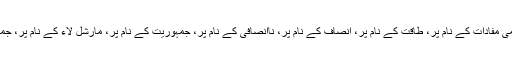
مَیں نے بزرگوں سے سُنا ہے کہ ہمارے مُلک میں انتخابات کے نام پر،قومی مفادات کے نام پر، طاقت کے نام پر، انصاف کے نام پر، ناانصافی کے نام پر، جمہوریت کے نام پر، مارشل لاء کے نام پر، جمہوریت پر ہی نہیں، قومی زندگی پر بھی کئی داغ ہیں، جو دھونے سے کیا۔